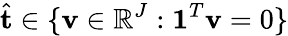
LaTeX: \hat{\mathbf{t}}\in\{ \mathbf{v}\in\mathbb{R}^{J}:\mathbf{1}^{T}\mathbf{v}=0\}